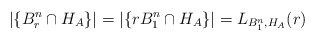
\begin{align*} \left| \{ B_r^n \cap H_A \} \right| = \left| \{ r B_1^n \cap H_A \} \right| = L_{B_1^n, H_A}(r)\end{align*}